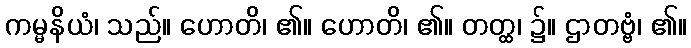
ကမ္မနိယံ၊ သည်။ ဟောတိ၊ ၏။ ဟောတိ၊ ၏။ တတ္ထ၊ ၌။ ဌာတဗ္ဗံ၊ ၏။